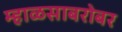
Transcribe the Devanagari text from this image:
म्हाळसाबरोबर